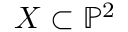
X \subset \mathbb { P } ^ { 2 }